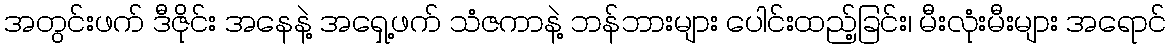
အတွင်းဖက် ဒီဇိုင်း အနေနဲ့ အရှေ့ဖက် သံဇကာနဲ့ ဘန်ဘားများ ပေါင်းထည့်ခြင်း၊ မီးလုံးမီးများ အရောင်